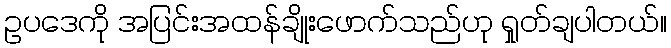
ဥပဒေကို အပြင်းအထန်ချိုးဖောက်သည်ဟု ရှုတ်ချပါတယ်။